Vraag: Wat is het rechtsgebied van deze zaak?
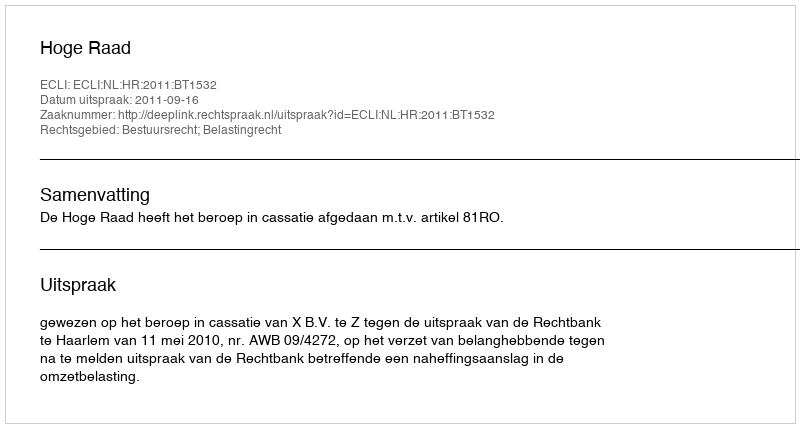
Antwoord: Bestuursrecht; Belastingrecht